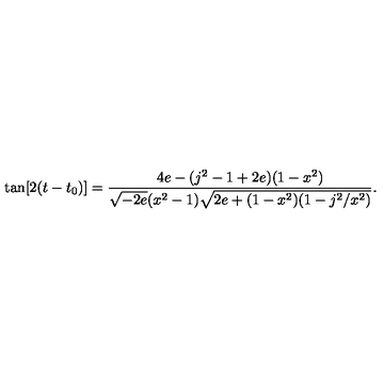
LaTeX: \tan [ 2 ( t - t _ { 0 } ) ] = \frac { 4 e - ( j ^ { 2 } - 1 + 2 e ) ( 1 - x ^ { 2 } ) } { \sqrt { - 2 e } ( x ^ { 2 } - 1 ) \sqrt { 2 e + ( 1 - x ^ { 2 } ) ( 1 - j ^ { 2 } / x ^ { 2 } ) } } .